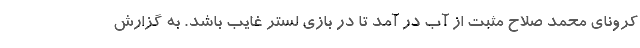
کرونای محمد صلاح مثبت از آب در آمد تا در بازی لستر غایب باشد. به گزارش